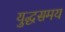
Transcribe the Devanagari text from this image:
युद्धसमय